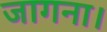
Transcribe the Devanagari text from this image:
जागना।